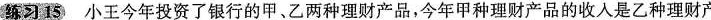
练习15 小王今年投资了银行的甲、乙两种理财产品，今年甲种理财产品的收入是乙种理财产